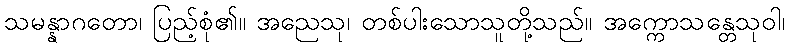
သမန္နာဂတော၊ ပြည့်စုံ၏။ အညေသု၊ တစ်ပါးသောသူတို့သည်။ အက္ကောသန္တေသုဝါ၊